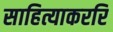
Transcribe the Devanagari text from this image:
साहित्याकररि